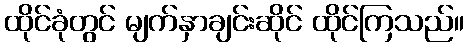
ထိုင်ခုံတွင် မျက်နှာချင်းဆိုင် ထိုင်ကြသည်။